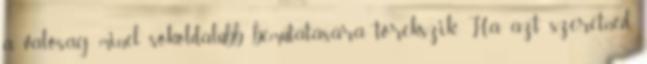
a valóság minél sokoldalúbb bemutatására törekszik. Ha azt szeretnéd,